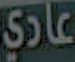
عادي